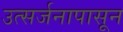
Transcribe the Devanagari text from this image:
उत्सर्जनापासून